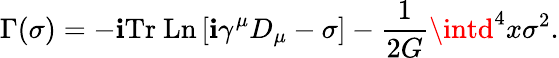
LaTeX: \Gamma(\sigma)=-\mathbf{i}\mathrm{{Tr~Ln}}\left[\mathbf{i}\gamma^{\mu}D_{\mu}-\sigma\right]-\frac{{1}}{{2G}}\intd^{4}x\sigma^{2}.